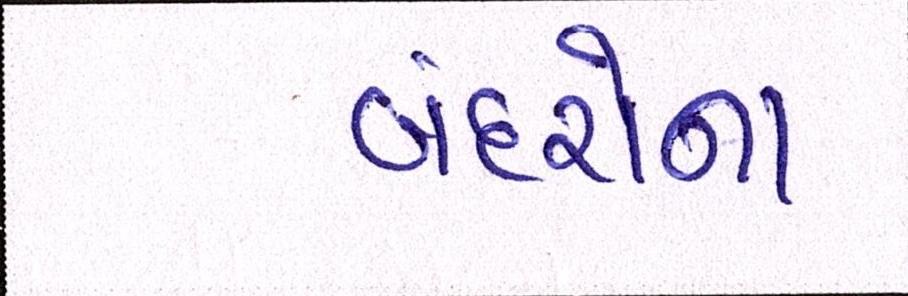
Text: બંદરોના